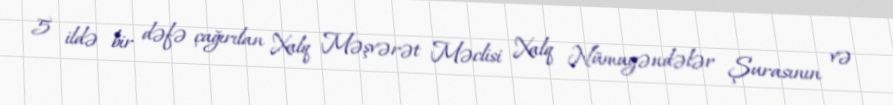
5 ildə bir dəfə çağırılan Xalq Məşvərət Məclisi Xalq Nümayəndələr Şurasının və